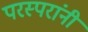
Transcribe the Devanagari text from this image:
परस्परांनी